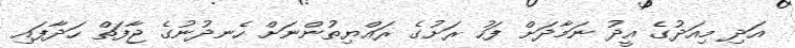
އަދި މިއަދުގެ އީދު ނަމާދަށް ފަހު ރަށުގެ ރައްޔިތުންނަށް ހެނދުނުގެ ޖާފަތް ހަދާފައި